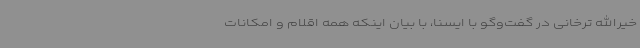
خیرالله ترخانی در گفت‌وگو با ایسنا، با بیان اینکه همه اقلام و امکانات